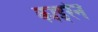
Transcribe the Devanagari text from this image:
काइरेन